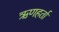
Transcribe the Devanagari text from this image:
ऋणहर्ता